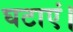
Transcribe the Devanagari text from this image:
घटाएं।